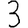
Digit: 3